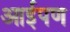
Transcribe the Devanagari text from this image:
आईपण